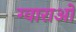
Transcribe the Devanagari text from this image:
ग्वाराओ